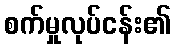
စက်မှုလုပ်ငန်း၏